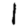
Digit: 1